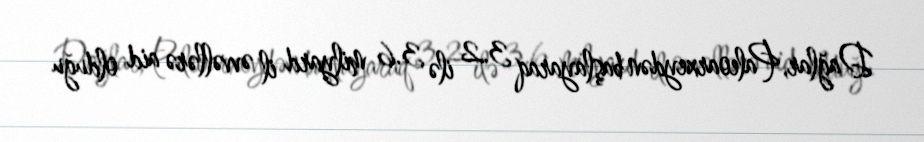
Dağlar, Paleoarxeydən başlayaraq 3.2 ilə 3.6 milyard il əvvəllərə aid olduğu